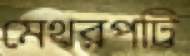
মেথরপট্টি